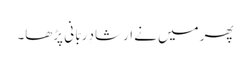
پھر میں نے ارشادِ ربّا نی پڑھا۔